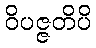
ဝိပဇ္ဇတိပိ